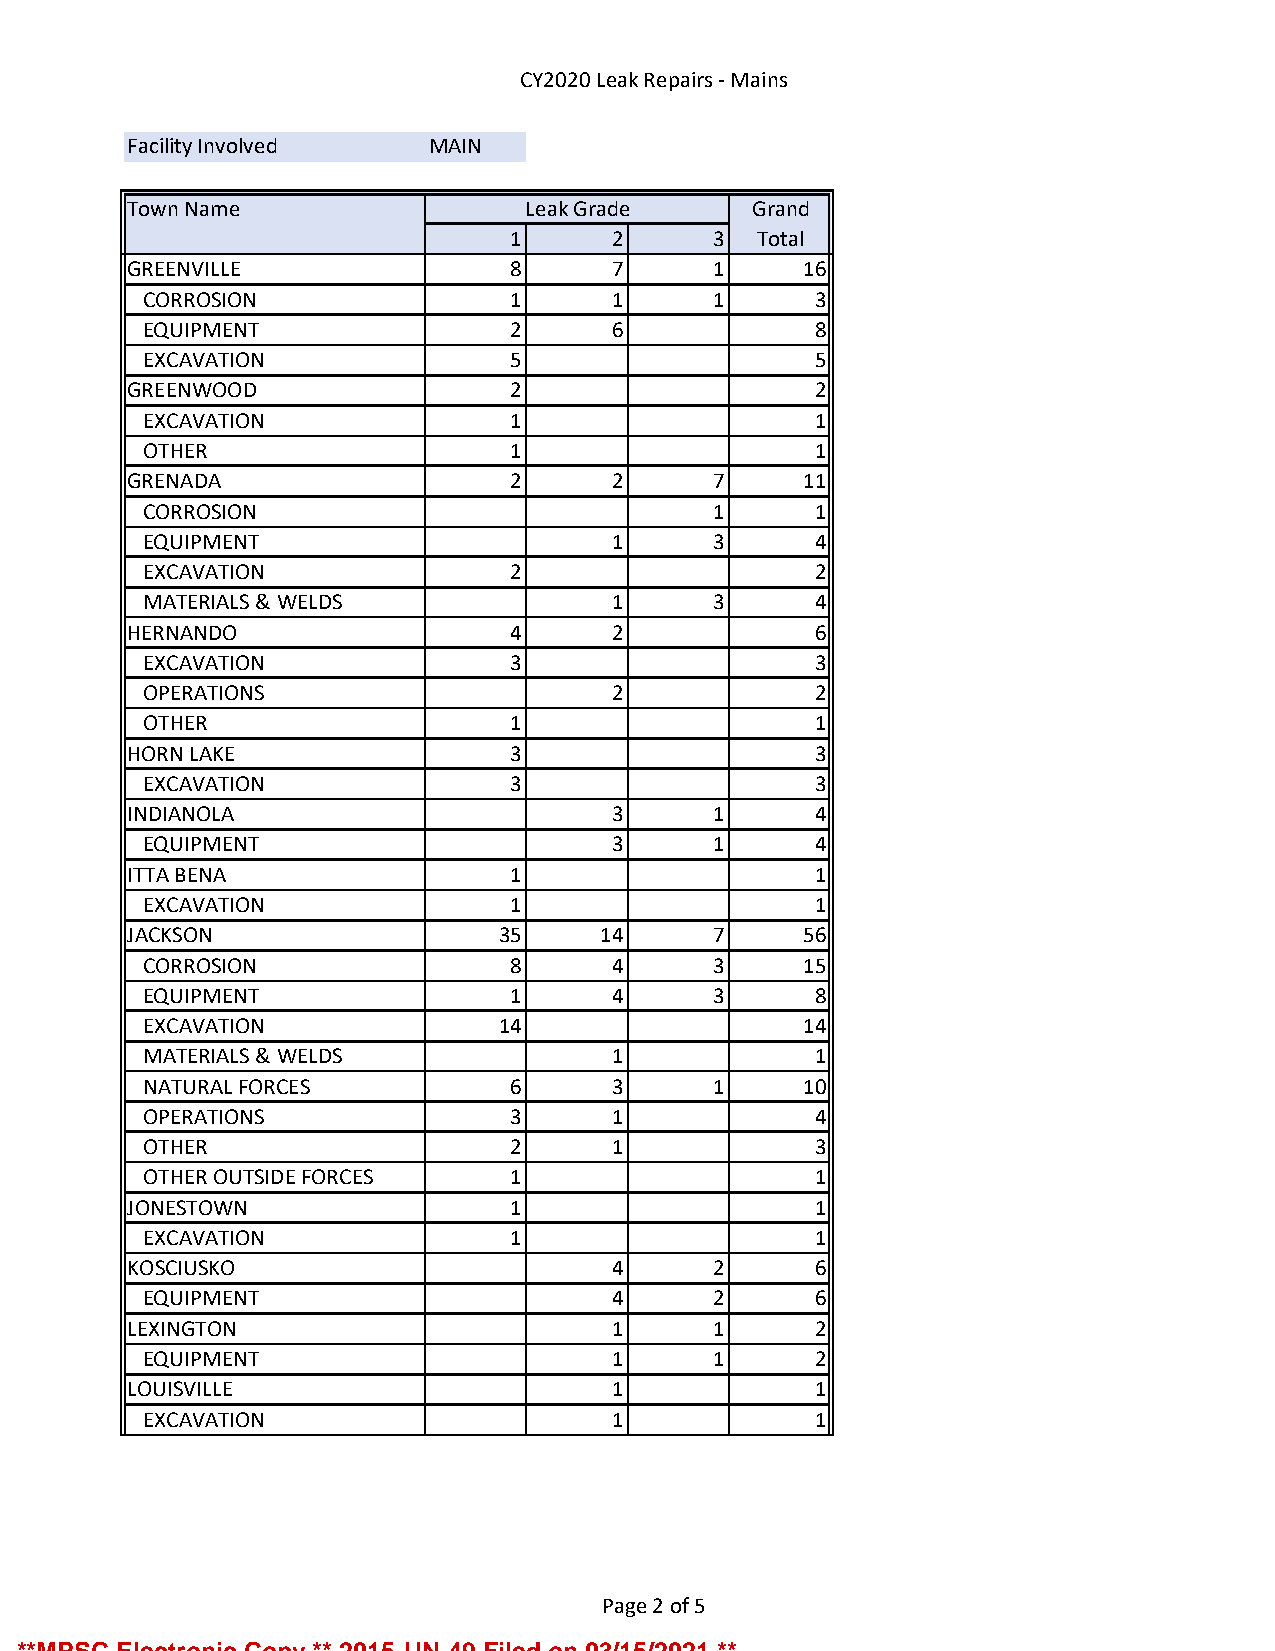
CY2020 Leak Repairs - Mains
 Facility Involved   MAIN
 Town Name                 Leak Grade     Grand
 1      2     3  Total
 GREENVILLE               8      7     1     16
 CORROSION               1      1     1      3
 EQUIPMENT               2      6            8
 EXCAVATION              5                   5
 GREENWOOD                2                   2
 EXCAVATION              1                   1
 OTHER                   1                   1
 GRENADA                  2      2     7     11
 CORROSION                            1      1
 EQUIPMENT                      1     3      4
 EXCAVATION              2                   2
 MATERIALS & WELDS              1     3      4
 HERNANDO                 4      2            6
 EXCAVATION              3                   3
 OPERATIONS                     2            2
 OTHER                   1                   1
 HORN LAKE                3                   3
 EXCAVATION              3                   3
 INDIANOLA                       3     1      4
 EQUIPMENT                      3     1      4
 ITTA BENA                1                   1
 EXCAVATION              1                   1
 JACKSON                 35     14     7     56
 CORROSION               8      4     3     15
 EQUIPMENT               1      4     3      8
 EXCAVATION             14                  14
 MATERIALS & WELDS              1            1
 NATURAL FORCES          6      3     1     10
 OPERATIONS              3      1            4
 OTHER                   2      1            3
 OTHER OUTSIDE FORCES    1                   1
 JONESTOWN                1                   1
 EXCAVATION              1                   1
 KOSCIUSKO                       4     2      6
 EQUIPMENT                      4     2      6
 LEXINGTON                       1     1      2
 EQUIPMENT                      1     1      2
 LOUISVILLE                      1            1
 EXCAVATION                     1            1
 Page 2 of 5
 **MPSC Electronic Copy ** 2015-UN-49 Filed on 03/15/2021 **